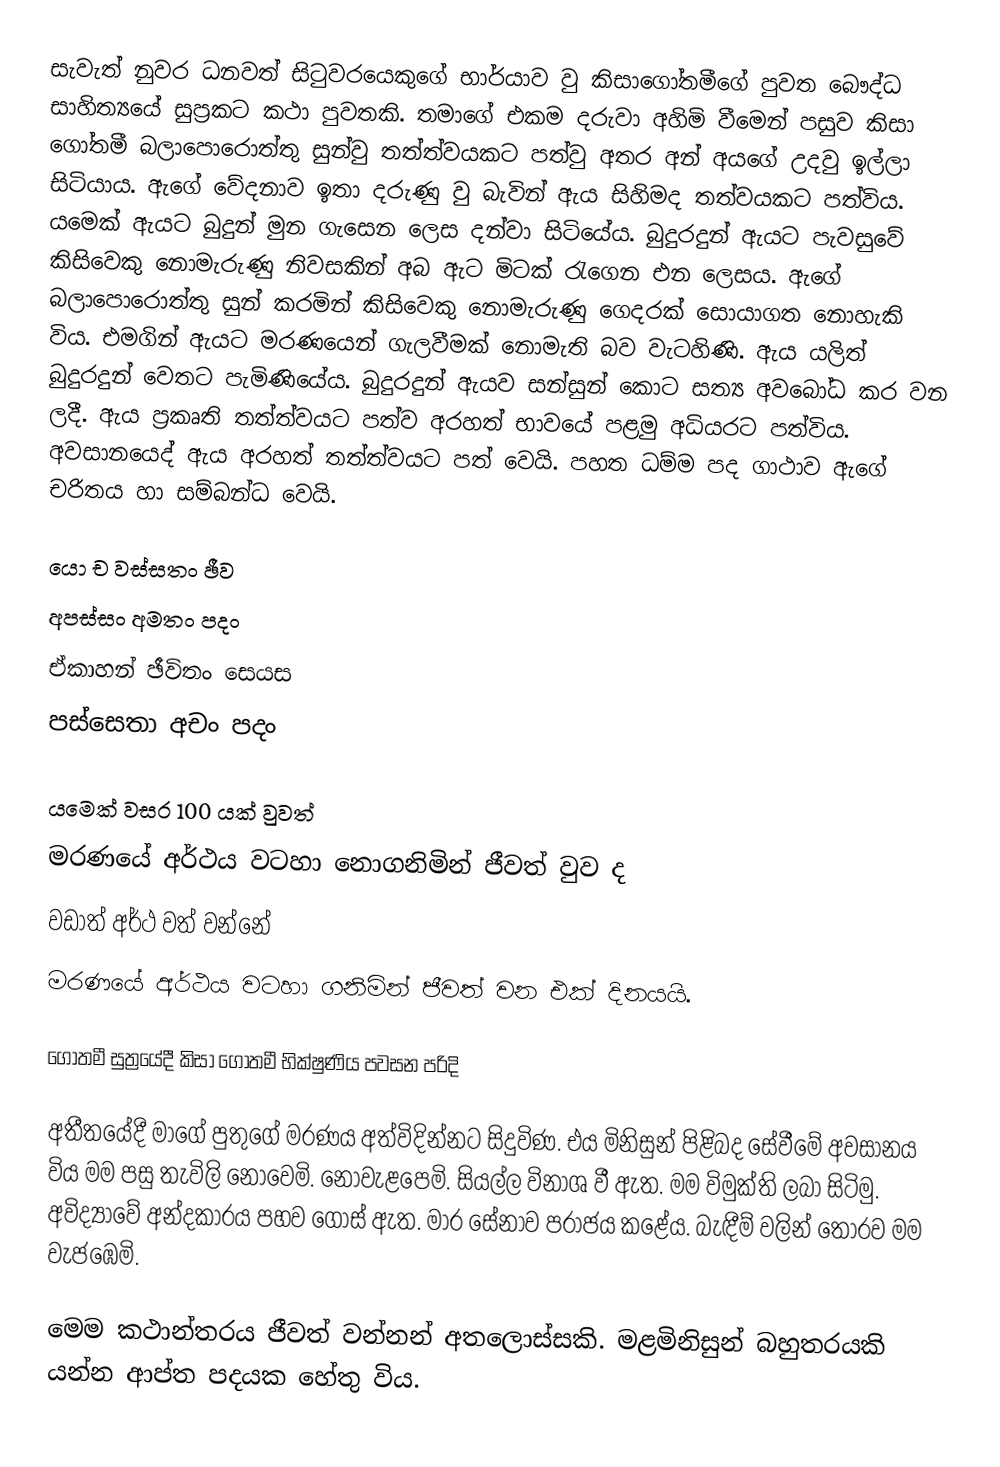
සැවැත් නුවර ධනවත් සිටුවරයෙකුගේ භාර්යාව වු කිසාගෝතමීගේ පුවත බෞද්ධ සාහිත්‍යයේ සුප්‍රකට කථා පුවතකි. තමාගේ එකම දරුවා අහිමි වීමෙන් පසුව කිසා ගෝතමී බලාපොරොත්තු සුන්වු තත්ත්වයකට පත්වු අතර අන් අයගේ උදවු ඉල්ලා සිටියාය. ඇගේ වේදනාව ඉතා දරුණු වු බැවින් ඇය සිහිමද තත්වයකට පත්විය. යමෙක් ඇයට බුදුන් මුන ගැසෙන ලෙස දන්වා සිටියේය. බුදුරදුන් ඇයට පැවසුවේ කිසිවෙකු නොමැරුණු නිවසකින් අබ ඇට මිටක් රැගෙන එන ලෙසය. ඇගේ බලාපොරොත්තු සුන් කරමින් කිසිවෙකු නොමැරුණු ගෙදරක් සොයාගත නොහැකි විය. එමගින් ඇයට මරණයෙන් ගැලවීමක් නොමැති බව වැටහිණි. ඇය යලිත් බුදුරදුන් වෙතට පැමිණියේය. බුදුරදුන් ඇයව සන්සුන් කොට සත්‍ය අවබෝධ කර වන ලදී. ඇය ප්‍රකෘති තත්ත්වයට පත්ව අරහත් භාවයේ පළමු අධියරට පත්විය. අවසානයෙද් ඇය අරහත් තත්ත්වයට පත් වෙයි. පහත ධම්ම පද ගාථාව ඇගේ චරිතය හා සම්බන්ධ වෙයි.

යො ච වස්සතං ඡීව
අපස්සං අමතං පදං
ඒකාහන් ඡීවිතං සෙයස
පස්සෙතා අචං  පදං

යමෙක් වසර 100 යක් වුවත්
මරණයේ අර්ථය වටහා නොගනිමින් ජීවත් වුව ද
වඩාත් අර්ථ වත් වන්නේ
මරණයේ අර්ථය වටහා ගනිමින් ජීවත් වන එක් දිනයයි.

ගෝතමී සුත්‍රයේදී කිසා ගෝතමී භික්ෂුණිය පවසන පරිදි

අතීතයේදී මාගේ පුතුගේ මරණය අත්විදින්නට සිදුවිණ. එය මිනිසුන් පිළිබද සේවීමේ අවසානය විය මම පසු තැවිලි නොවෙමි. නොවැළපෙමි. සියල්ල විනාශ වී ඇත. මම විමුක්ති ලබා සිටිමු. අවිද්‍යාවේ අන්දකාරය පහව ගොස් ඇත. මාර සේනාව පරාජය කළේය. බැඳීම් වලින් තොරව මම වැජඹෙමි.

මෙම කථාන්තරය ජීවත් වන්නන් අතලොස්සකි. මළමිනිසුන් බහුතරයකි යන්න ආප්ත පදයක හේතු විය.